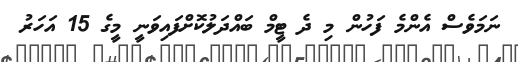
ނަމަވެސް އެންމެ ފަހުން މި ދެ ޓީމް ބައްދަލުކޮށްފައިވަނީ މީގެ 15 އަހަރު